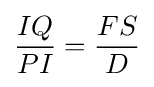
{\frac {IQ}{PI}}={\frac {FS}{D}}